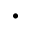
\cdot